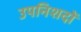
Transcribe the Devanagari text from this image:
उपनिशदों